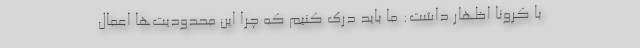
با کرونا اظهار داشت: ما باید درک کنیم که چرا این محدودیت‌ها اعمال